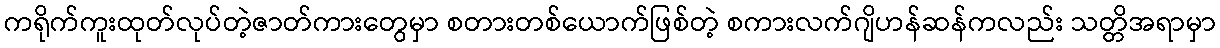
ကရိုက်ကူးထုတ်လုပ်တဲ့ဇာတ်ကားတွေမှာ စတားတစ်ယောက်ဖြစ်တဲ့ စကားလက်ဂျိဟန်ဆန်ကလည်း သတ္တိအရာမှာ